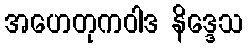
အဟေတုကဝါဒ နိဒ္ဒေသ